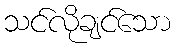
သင်လိုချင်သော